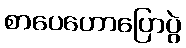
စာပေဟောပြောပွဲ